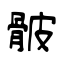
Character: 骳